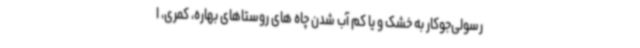
رسولی‌جوکار به خشک و یا کم آب شدن چاه های روستاهای بهاره، کمری، ا